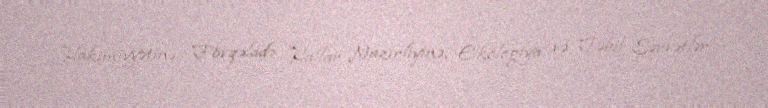
Hakimiyyətinə, Fövqəladə Hallar Nazirliyinə, Ekologiya və Təbii Sərvətlər